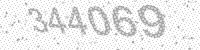
Solution: 344069